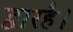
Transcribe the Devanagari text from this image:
द्वारहै।